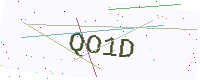
Text: QO1D